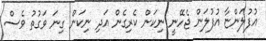
އުފުލަންޏާ އުފުލަން ޖެހޭނީ ނިކަން ކެރިގެން އަދި ނިކަން ގިނަ ވަގުތު ވެސް